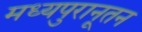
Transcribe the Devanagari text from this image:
मध्यपुरानूतन